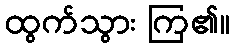
ထွက်သွား ကြ၏။